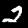
Label: 2